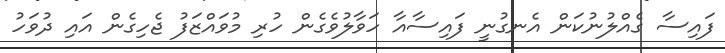
ފައިސާ ގެއްލުނުކަން އެނގުނީ ފައިސާއާ ހަވާލުވެގެން ހުރި މުވައްޒަފު ޖެހިގެން އައި ދުވަހު